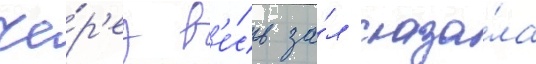
че́р'ез в'е́сь за́л сказа́ла